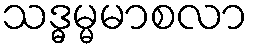
သဒ္ဓမ္မမာစလာ